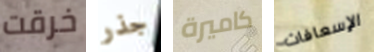
خرقت جذر كاميرة الإسعافات